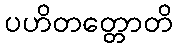
ပဟိတတ္တောတိ